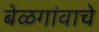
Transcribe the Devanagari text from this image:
बेळगांवाचे